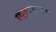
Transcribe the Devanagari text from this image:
रक्तपाताच्या